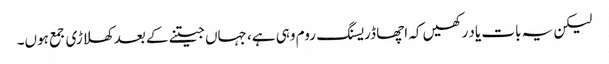
لیکن یہ بات یاد رکھیں کہ اچھا ڈریسنگ روم وہی ہے، جہاں جیتنے کے بعد کھلاڑی جمع ہوں۔